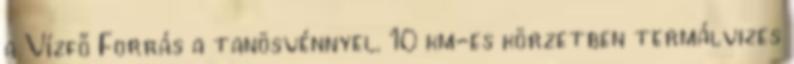
a Vízfő Forrás a tanösvénnyel. 10 km-es körzetben termálvizes